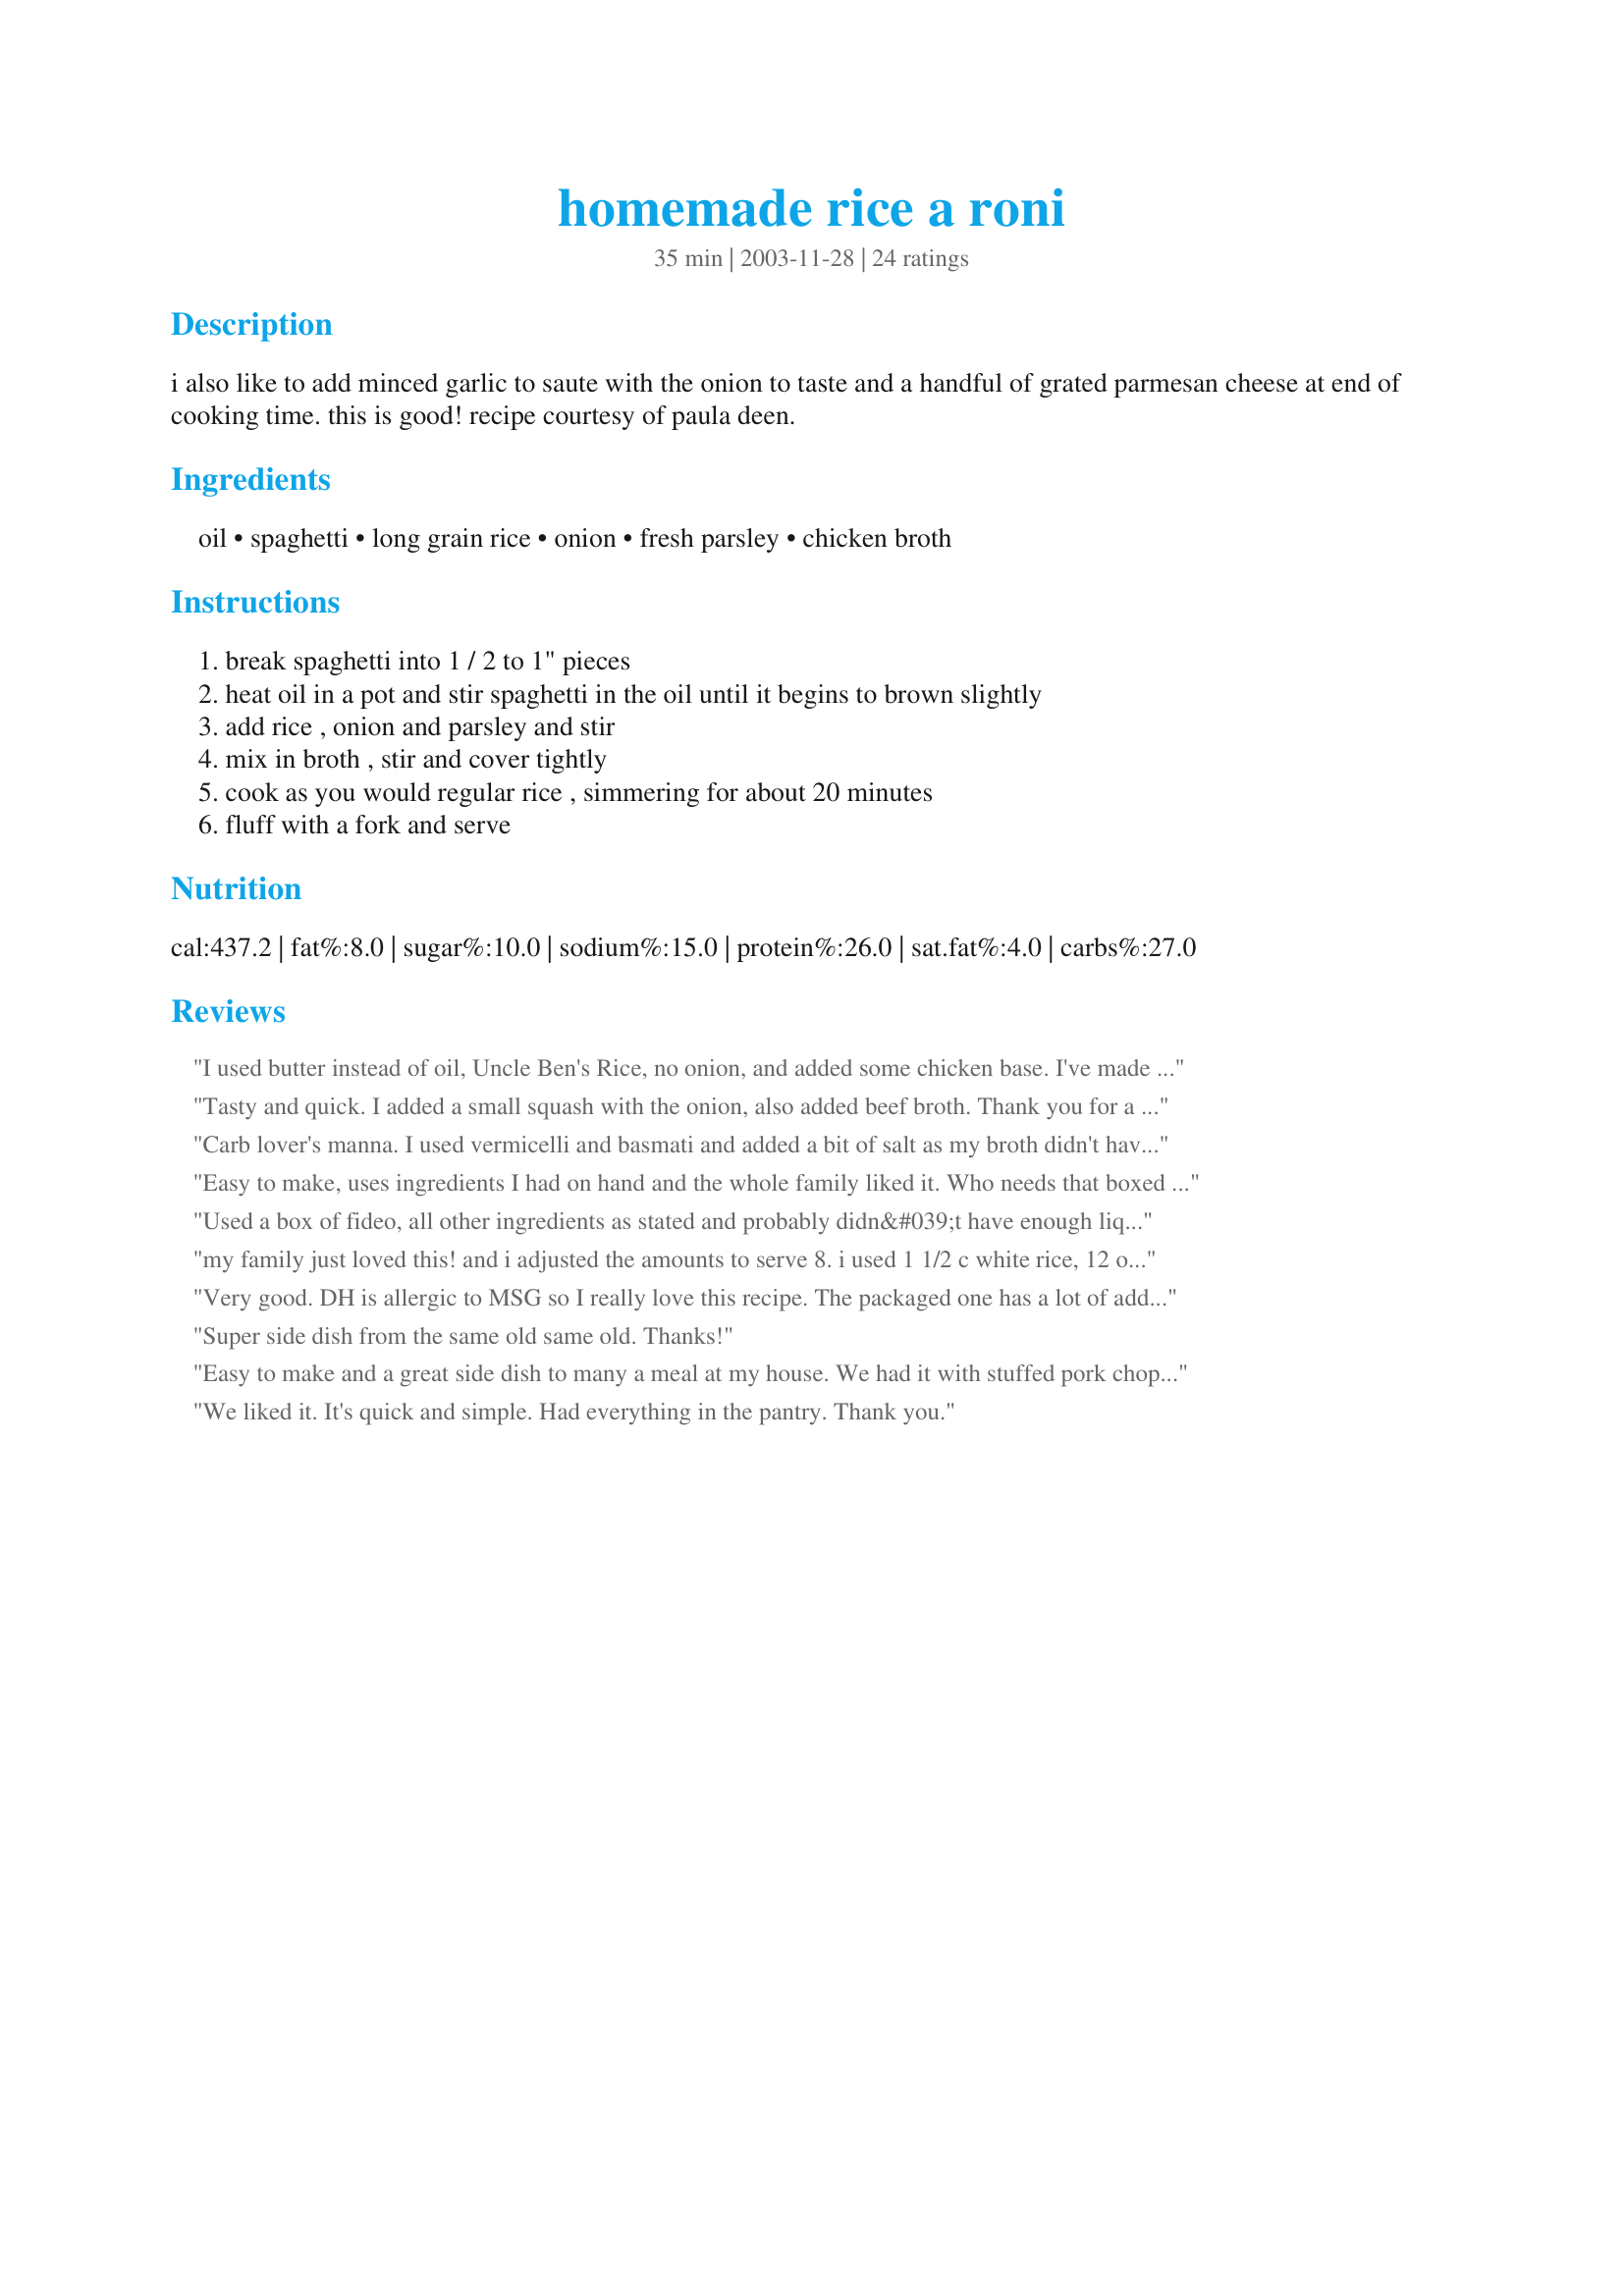
homemade rice a roni
Preparation time: 35 minutes

i also like to add minced garlic to saute with the onion to taste and a handful of grated parmesan cheese at end of cooking time. this is good! recipe courtesy of paula deen.

Ingredients:
oil, spaghetti, long grain rice, onion, fresh parsley, chicken broth

Steps:
break spaghetti into 1 / 2 to 1" pieces
heat oil in a pot and stir spaghetti in the oil until it begins to brown slightly
add rice , onion and parsley and stir
mix in broth , stir and cover tightly
cook as you would regular rice , simmering for about 20 minutes
fluff with a fork and serve

Reviews:
I used butter instead of oil, Uncle Ben's Rice, no onion, and added some chicken base. I've made this several times (first seen on Rachael Ray's show). This is delicious and can be used a number of ways. Tonight I added some lightly breaded chicken breast, broccoli, and teriyaki sauce. 
Roxygirl in Colo.
Tasty and quick. I added a small squash with the onion, also added beef broth. Thank you for a great side!
Carb lover's manna. I used vermicelli and basmati and added a bit of salt as my broth didn't have any. This is so easily seasoned to suit your own tastes and menu. I think next time I will try poultry seasoning.
Easy to make, uses ingredients I had on hand and the whole family liked it. Who needs that boxed stuff?
Used a box of fideo, all other ingredients as stated and probably didn&#039;t have enough liquid, the bottom got very crunchy. Also, too much onion for our tastes. I&#039;ll make again but with a couple of changes. Thanks for sharing the recipe!
my family just loved this! and i adjusted the amounts to serve 8. i used 1 1/2 c white rice, 12 oz broken thin egg noodles,sauteed in 2 tbsp evoo. i used 3 c broth, cooked it the 20 minutes, my kids and dh were begging for more !
Very good. DH is allergic to MSG so I really love this recipe. The packaged one has a lot of additives including MSG. If I can't say it, I'm slow to eat it!
Super side dish from the same old same old. Thanks!
Easy to make and a great side dish to many a meal at my house. We had it with stuffed pork chops and it was such a nice meal. We really love it!
We liked it. It's quick and simple. Had everything in the pantry. Thank you.
Very easy & a great recipe to replace a boxed mix. I did add the recommended garlic. Thanks for posting your recipe.
It&#039;s been ages since I&#039;ve had &quot;real&quot; Rice A Roni, I quit buying packaged foods several years ago. This was just as easy to make as the stuff in the box and I love that it is healthier since I used only spices and no artificial flavors, colorings, etc. My son is very sensitive to those things, which is a big part of the reason I cook from scratch. &lt;br/&gt;&lt;br/&gt;I read through several reviews and also added minced garlic and about 1/4 tsp of turmeric. I was out of fresh onion, so I used dried minced onion, and dried parsley. Just needed to add a bit of salt, I used homemade broth that didn&#039;t have a lot of salt in it already. It looked like the real thing and tasted great. &lt;br/&gt;&lt;br/&gt;I also used Tinkyada brown rice spaghetti to suit our gluten free needs, but did not use 1/2 pound as it is fairly thick pasta. I probably used about 1/3 cup of pieces. It was necessary to add some more liquid while cooking, but that could have been due to the type of pasta. It was a big hit with my picky daughter and my husband said it tasted like the real thing, so I&#039;ll be making this again. Thanks!!
Great side dish, served this with roasted chicken, the kids loved this .
I distorted this so badly, I almost hate to give a review...All I had was Minute Rice...I browned the spaghetti (you really have to watch it) but I had to use 4 or 5 tbsp of oil since the spaghetti soaked it up so quickly...When the spaghetti was brown, I added 2 cups water mixed with 2 tsp of Maggi chicken and tomato powdered bouillon...I also added a diced onion that had been fried with 4 tsp of minced garlic...I put a lid on it and simmered til the spaghetti was done...It had soaked up most all of the broth...I prepared 4 cups of Minute Rice using the chicken/tomato broth for the liquid...When the rice was done, I added it to the spaghetti...Got enough for my neighborhood and part of someone else's but this stuff is really good...Thanks for the recipe...
I love this, and so do the kids! I have made it a few times now, it is so easy, with ingredients on hand, and it is a great side for everything. I add a little butter to the oil, and later about 1/4 tsp salt. It is so yummy we gobble it up every time!
Not sure why mine cooked dry, I needed to add more broth twice to finish cooking the rice. I added a clove of minced garlic, but found the dish lacking flavor.
Very adaptable recipe and just as easy to make as the boxed stuff---less expensive, too! Thanks for posting, Marie! :)
This is a very nice side dish. I added about 1 t. minced garlic when the pasta was just about done browning. I used minute rice rather than long grain rice and it worked out fine. The dish only needed to simmer for about 6 minutes and both the pasta and rice were done perfectly.My only suggestion is to add a little salt to it in step 3 when you add the rice, onion and parsley.
My whole family enjoyed this dish! I used angel hair pasta and for the broth used turkey broth. I will definately make this again! Thanks marie!
Very simple to make and good. I think next time I will add some bouillon to pump up the flavor just a bit more. Or perhaps a little garlic. Thanks for posting!
Great recipe! I make this and add 1/2 to 1 teaspoon of Tumeric for the yellow color! Tumeric is what they add to the box to get the color and the taste is very good and mild.
I really enjoyed this rice but DH wasnt to fond of it. Do be careful when browning the angel hair pasta as it browns quickly, I almost burned mine. Used dried minced onion and dried parsley instead of fresh. Two cups of broth didnt look like enough so I added about 1/3 cup more. When done I tossed it with a fork and added some lemon pepper, very good! Marie thank you so much for posting this recipe. This makes more than the boxed kit, tastes better, and saves money. Made and reviewed for The Secret Ingredient tag game.
This was fast, quick, and fairly easy. Good taste, simple, and easy to adjust to your tastes. I felt that at step 5 where the instrcutions say to "cook as you normally would regular rice" to be a bit vague, especially since I cook regular rice several different ways. How I interpreted this step was to bring the mixture to a gentle boil, then reduce heat and simmer on fairly low heat, covered, until the moisture was fully absorbed, stirring once, about 30 minutes or so.

Nice side alternative to plain rice. I used vermicelli along with basmati rice. The servings are generous and the directions are perfect. This went well with Cajun Pork Roast recipe 74794 and broccoli.
